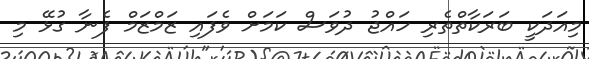
މިއަދަކީ ބަރަކާތްތެރި ހައްޖު ދުވަސް ކަމަށް ވެފައި ޒަމްޒަމް ފެނާ ގުޅޭ މި